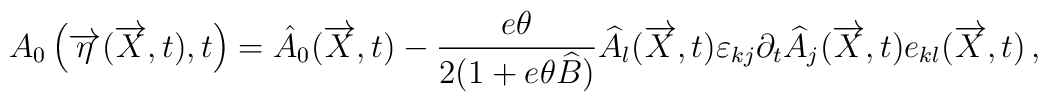
A_0 \left( \overrightarrow{ \eta} ( \overrightarrow{X},t), t \right)  = \hat{A}_0 ( \overrightarrow{X},t)-   \frac{e \theta}{ 2(1+e\theta \widehat{B})}   \widehat{A}_{l} ( \overrightarrow{X},t)\varepsilon_{kj} \partial_t \widehat{A}_j ( \overrightarrow{X},t)e_{kl} ( \overrightarrow{X},t)\, ,